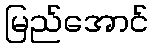
မြည်အောင်